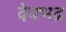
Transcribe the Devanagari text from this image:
देवभद्र